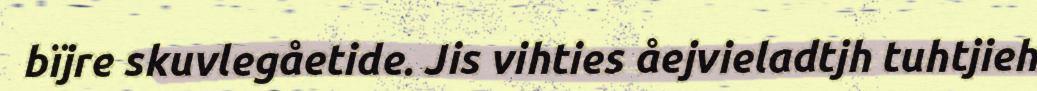
bïjre skuvlegåetide. Jis vihties åejvieladtjh tuhtjieh